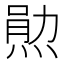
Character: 𬊫